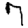
Digit: 7